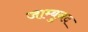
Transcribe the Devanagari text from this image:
जाम्बुनद